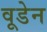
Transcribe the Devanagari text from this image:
वूडेन